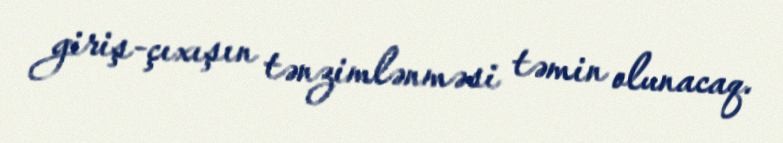
giriş-çıxışın tənzimlənməsi təmin olunacaq.